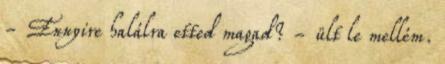
- Ennyire halálra etted magad? - ült le mellém.